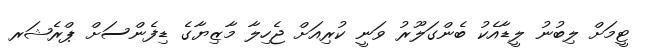
ޓީމަށް ލިބުނު ލީޑާއެކު ބެންގަލޫރު ވަނީ ކުރިއަށް ޖެހިލާ މާޒިޔާގެ ޑިފެންސަށް ޕްރެޝަރ